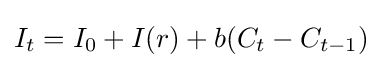
I_{t}=I_{0}+I(r)+b(C_{t}-C_{t-1})